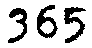
365